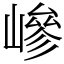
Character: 㠁